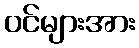
ဝင်များအား